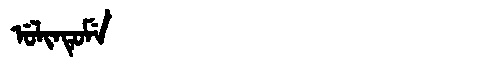
Manchu: ᡠᠯᡳᠨᡨᡠᠮᡝ
Romanization: ULINTUME